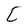
Character: C